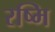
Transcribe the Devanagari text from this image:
रष्मि